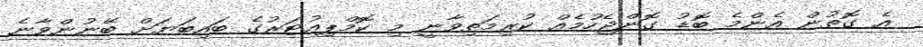
އެ ގޮތުން އެންމެ ބޮޑު ގޮންޖެހުމެއް ކުރިމަތިވާނީ މި ކޮމްޕިއުޓަރުގެ ބައިބަޔަށް ބޭނުންވާނެ